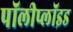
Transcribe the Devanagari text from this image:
पॉलीप्लॉइड